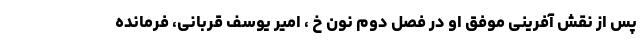
پس از نقش آفرینی موفق او در فصل دوم نون خ ، امیر یوسف قربانی، فرمانده